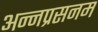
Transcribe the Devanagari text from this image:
अन्नप्रसनम